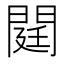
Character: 閮